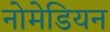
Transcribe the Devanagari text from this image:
नोमेडियन